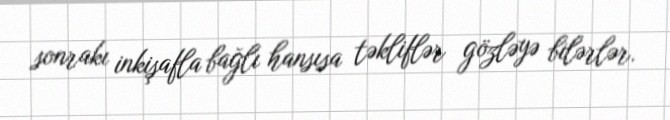
sonrakı inkişafla bağlı hansısa təkliflər gözləyə bilərlər.